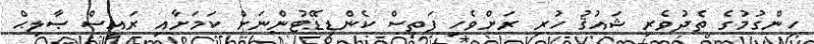
ހިންގުމުގެ ތެދުވެރި ޝައުޤު ހުރި ރަށްވެހި ފަތިސް ކެންޑިޑޭޓުންނަށް ކަމަށާއި ރައީސް ޞާލިޙް